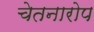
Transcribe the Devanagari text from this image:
चेतनारोप